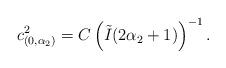
LaTeX: \begin{align*}c_{(0,\alpha_2)}^2=C\left(\tilde I(2\alpha_2+1)\right)^{-1}.\end{align*}